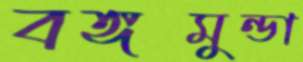
বঙ্গমুন্ডা